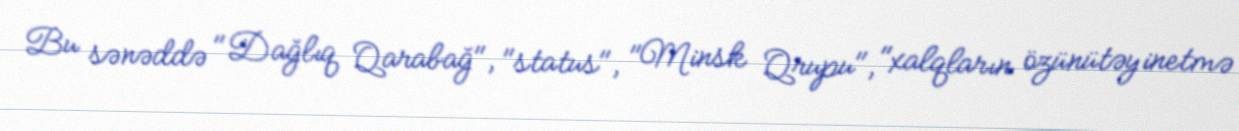
Bu sənəddə "Dağlıq Qarabağ", "status", "Minsk Qrupu", "xalqların özünütəyinetmə